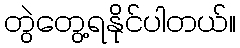
တွဲတွေ့ရနိုင်ပါတယ်။